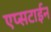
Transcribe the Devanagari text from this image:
एप्सटाईन